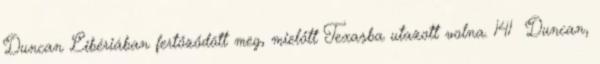
Duncan Libériában fertőződött meg, mielőtt Texasba utazott volna. 141 Duncan,